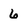
Character: 6